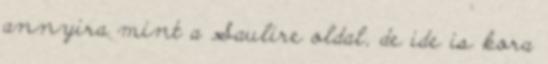
annyira mint a Saulire oldal, de ide is kora